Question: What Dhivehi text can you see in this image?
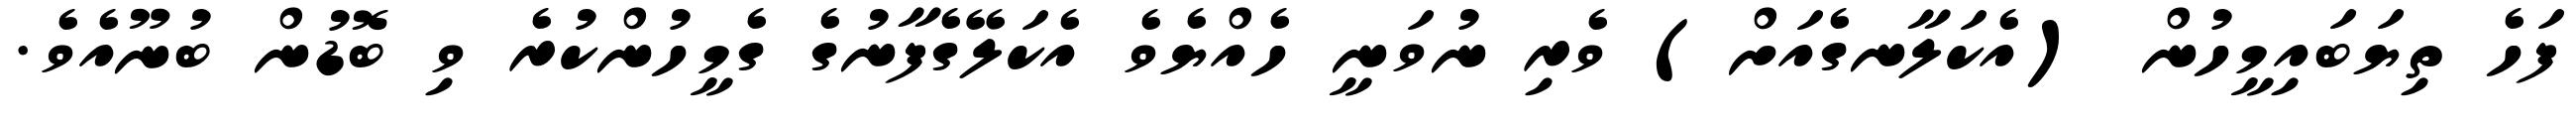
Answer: ފަހެ ތިޔަބައިމީހުން (އެކަލާނގެއަށް) ވެރި ނުވަނީ ހެއްޔެވެ އެކަލޭގެފާނުގެ ގެމީހުންކުރެ ވި ބޮޑުން ބުނޫއެވެ.